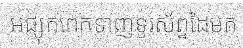
អផ្សុកពេកទាញទូរស័ព្ទដៃមក